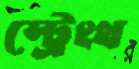
স্ট্রেংথ